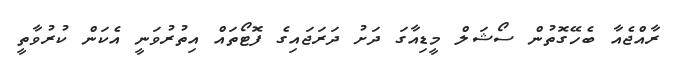
ރާއްޖެއާ ބެހޭގޮތުން ސޯޝަލް މީޑިއާގަ ދަށު ދަރަޖައިގެ ފޮޓޯތައް އިތުރުވަނީ އެކަން ކުރުވާތީ